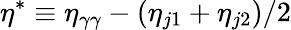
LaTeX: {\eta^{*}\equiv\eta_{\gamma\gamma}-(\eta_{j1}+\eta_{j2})/2}